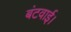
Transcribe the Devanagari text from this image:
बंटवाई।